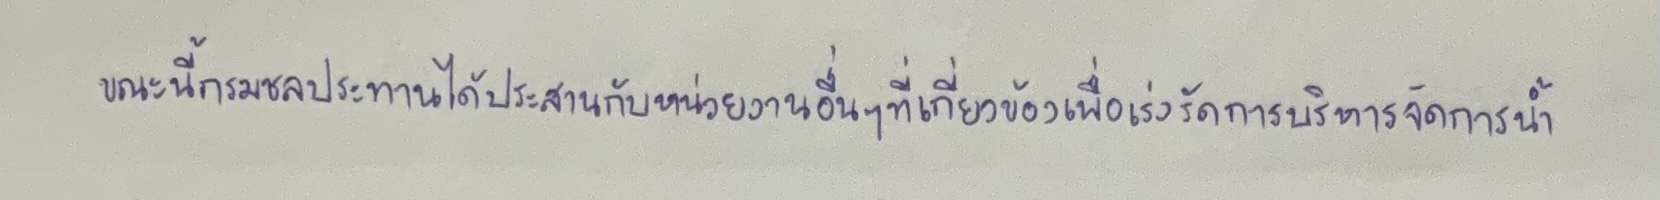
ขณะนี้กรมชลประทานได้ประสานกับหน่วยงานอื่นๆที่เกี่ยวข้องเพื่อเร่งรัดการบริหารจัดการน้ำ